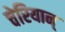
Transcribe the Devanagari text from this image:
चेरियान्